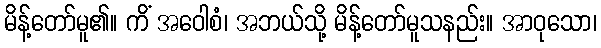
မိန့်တော်မူ၏။ ကိံ အဝေါစံ၊ အဘယ်သို့ မိန့်တော်မူသနည်း။ အာဝုသော၊